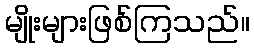
မျိုးများဖြစ်ကြသည်။